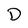
Character: D